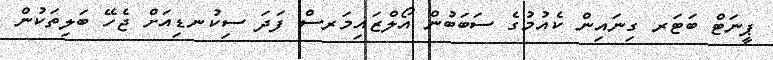
ޕީނަޓް ބަޓަރ ގިނައިން ކެއުމުގެ ސަބަބުން އޯލްޒައިމަރސް ފަދަ ސިކުނޑިއަށް ޖެހޭ ބަލިތަކުން